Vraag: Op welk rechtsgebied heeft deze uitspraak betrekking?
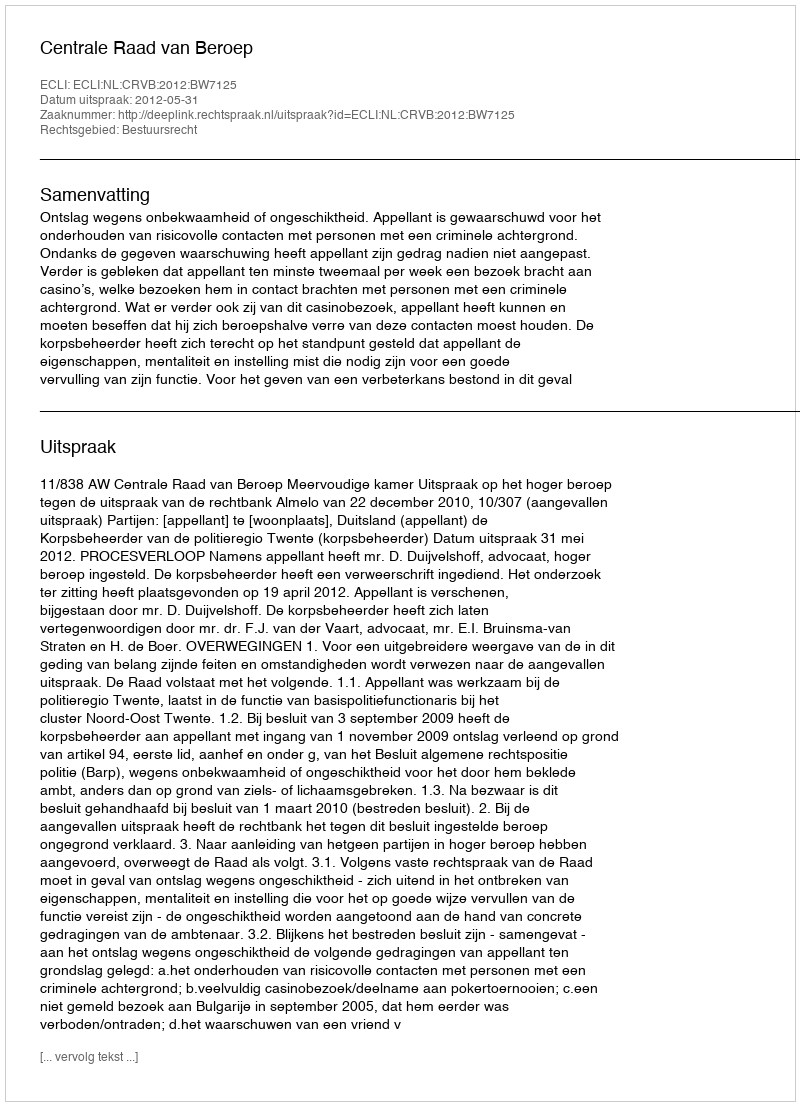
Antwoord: Bestuursrecht